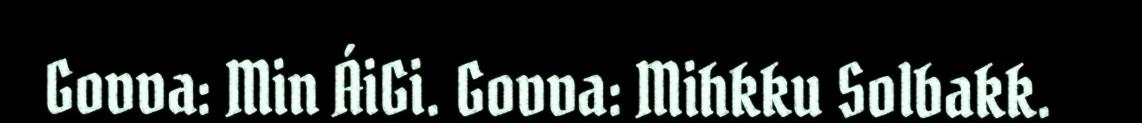
Govva: Min ÁiGi. Govva: Mihkku Solbakk.